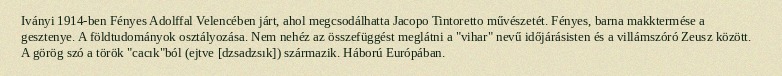
Iványi 1914-ben Fényes Adolffal Velencében járt, ahol megcsodálhatta Jacopo Tintoretto művészetét. Fényes, barna makktermése a gesztenye. A földtudományok osztályozása. Nem nehéz az összefüggést meglátni a "vihar" nevű időjárásisten és a villámszóró Zeusz között. A görög szó a török "cacık"ból (ejtve [dzsadzsık]) származik. Háború Európában.